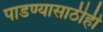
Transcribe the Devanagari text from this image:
पाडण्यासाठीही